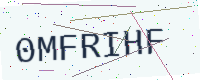
Text: 0MFRIHF